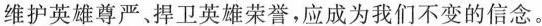
维护英雄尊严﹑捍卫英雄荣誉，应成为我们不变的信念。